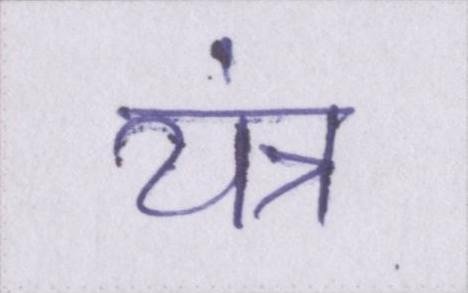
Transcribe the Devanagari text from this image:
यंत्र